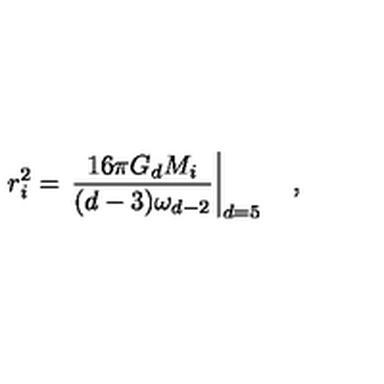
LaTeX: r _ { i } ^ { 2 } = \left. { \frac { 1 6 \pi G _ { d } M _ { i } } { ( d - 3 ) \omega _ { d - 2 } } } \right| _ { d = 5 } \quad ,